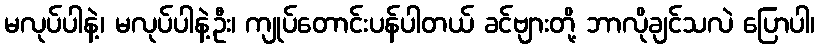
မလုပ်ပါနဲ့၊ မလုပ်ပါနဲ့ဦး၊ ကျုပ်တောင်းပန်ပါတယ် ခင်ဗျားတို့ ဘာလိုချင်သလဲ ပြောပါ၊